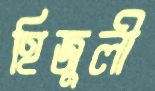
হিজুলী